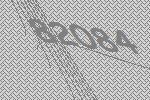
82084